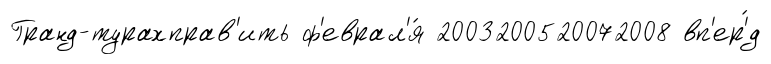
Гранд-турахправ'ить ф'еврал'я́ 2003200520072008 вп'ер'́д